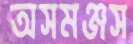
অসমঞ্জস